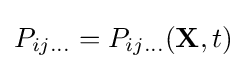
P_{ij\ldots }=P_{ij\ldots }(\mathbf {X} ,t)